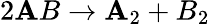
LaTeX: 2\mathbf{A}B\to\mathbf{A}_{2}+B_{2}